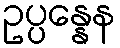
ဥပ္ပန္နေန